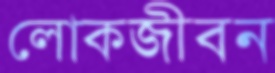
লোকজীবন